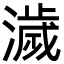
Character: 濊